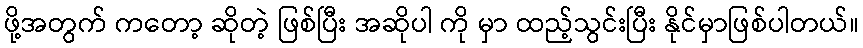
ဖို့အတွက် ကတော့ ဆိုတဲ့ ဖြစ်ပြီး အဆိုပါ ကို မှာ ထည့်သွင်းပြီး နိုင်မှာဖြစ်ပါတယ်။